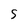
Character: S